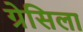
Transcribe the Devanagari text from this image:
ग्रेसिला